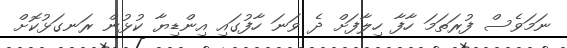
ނަމަވެސް ފުރަތަމަ ހާފާ ހިލާފަށް ދެ ވަނަ ހާފުގައި އިންޑިޔާ ކުޅުން ރަނގަޅުކޮށް